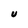
Character: U